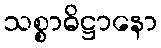
သစ္စာဓိဋ္ဌာနော